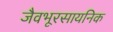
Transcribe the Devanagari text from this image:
जैवभूरसायनिक